Lunatic asylums Central Provinces reports 1874-1885 - 1874-1885
Year: 1874
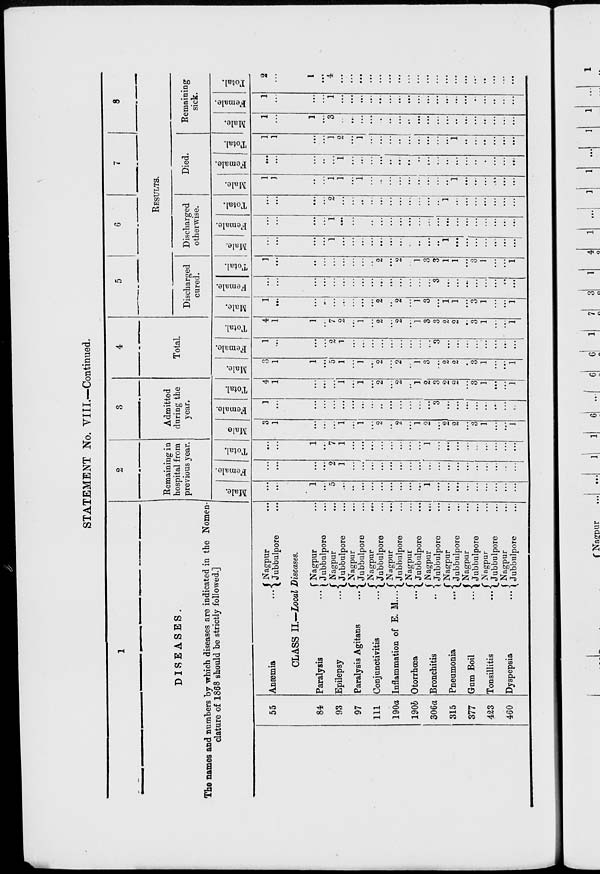
STATEMENT No. VIII.—Continued.
1
DISEASES.
The names and numbers by which diseases are indicated in the Nomen-
clature of 1868 should be strictly followed.]
55
84
93
97
111
190a
190b
306a
315
377
423
460
Anæmia ...
Nagpur ...
Jubbulpore ...
CLASS II.—Local Diseases.
Paralysis ...
Epilepsy ...
Paralysis Agitans ...
Conjunctivitis ...
Inflammation of E. M. ...
Otorrhœa ...
Bronchitis ...
Pneumonia ...
Gum Boil ...
Tonsillitis
...
Dyspepsia
...
Nagpur ...
Jubbulpore ...
Nagpur ...
Jubbulpore ...
Nagpur ...
Jubbulpore ...
Nagpur
...
Jubbulpore ...
Nagpur ...
Jubbulpore ...
Nagpur ...
Jubbulpore
...
Nagpur
...
Jubbulpore ...
Nagpur ...
Jubbulpore ...
Nagpur ...
Jubbulpore ...
Nagpur ...
Jubbulpore ...
Nagpur ...
Jubbulpore ...
2
Remaining in
hospital from
previous year.
Male.
...
...
1
...
5
...
...
...
...
...
...
...
...
...
1
...
...
...
...
...
...
...
...
...
Female.
...
...
...
...
2
1
...
...
...
...
...
...
...
...
...
...
...
...
...
...
...
...
...
...
Total.
...
...
1
...
7
1
...
...
...
...
...
...
...
...
1
...
...
...
...
...
...
...
...
...
3
Admitted
during the
year.
Male
3
1
...
...
...
1
...
1
...
2
...
2
...
1
2
...
2
2
...
3
1
...
...
1
Female.
1
...
...
...
...
...
...
...
...
...
...
...
...
...
...
3
...
...
...
...
...
...
...
...
Total.
4
1
...
...
...
1
...
1
...
2
...
2
...
1
2
3
2
2
...
3
1
...
...
1
4
Total.
Male.
3
1
1
...
5
1
...
1
...
2
...
2
...
1
3
...
2
2
...
3
1
...
...
1
Female.
1
...
...
...
2
1
...
...
...
...
...
...
...
...
...
3
...
...
...
...
...
...
...
...
Total.
4
1
1
...
7
2
...
1
...
2
...
2
...
1
3
3
2
2
...
3
1
...
...
1
5
6
7
8
RESULTS.
Discharged
cured.
Male.
1
...
...
...
...
...
...
...
...
2
...
2
...
1
3
...
1
1
...
3
1
...
...
1
Female.
...
...
...
...
...
...
...
...
...
...
...
...
...
...
...
3
...
...
...
...
...
...
...
...
Total.
1
...
...
...
...
...
...
...
...
2
...
2
...
1
3
3
1
1
...
3
1
...
...
1
Discharged
otherwise.
Male.
...
...
...
...
1
...
...
...
...
...
...
...
...
...
...
1
...
...
...
...
...
...
...
Female.
...
...
...
...
1
...
...
...
...
...
...
...
...
...
...
...
...
...
...
...
...
...
...
...
Total.
...
...
...
...
2
...
...
...
...
...
...
...
...
...
...
...
1
...
...
...
...
...
...
...
Died.
Male.
1
1
...
...
1
1
...
1
...
...
...
...
...
...
...
...
...
1
...
...
...
...
...
...
Female.
...
...
...
...
...
1
...
...
...
...
...
...
...
...
...
...
...
...
...
...
...
...
...
...
Total.
1
1
...
...
1
2
...
1
...
...
...
...
...
...
...
...
...
1
...
...
...
...
...
...
Remaining
sick.
Male.
1
...
1
...
3
...
...
...
...
...
...
...
...
...
...
...
...
...
...
...
...
...
...
...
Female.
1
...
...
...
1
...
...
...
...
...
...
...
...
...
...
...
...
...
...
...
...
...
...
...
Total.
2
...
1
...
4
...
...
...
...
...
...
...
...
...
...
...
...
...
...
...
...
...
...
...